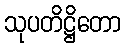
သုပတိဋ္ဌိတော